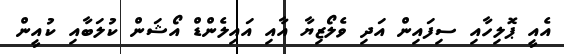
އެއީ ޕޮލިހާއި ސިފައިން އަދި ވެލޯޒިޔާ އާއި އައިލެންޑް އޯޝަން ކުލަބާއި ކުއީން